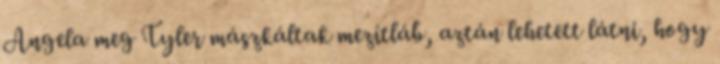
Angela meg Tyler mászkáltak mezítláb, aztán lehetett látni, hogy